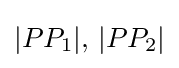
|PP_{1}|,\,|PP_{2}|